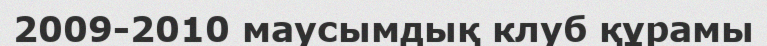
2009-2010 маусымдық клуб құрамы